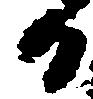
日